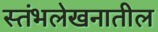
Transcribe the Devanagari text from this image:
स्तंभलेखनातील